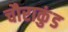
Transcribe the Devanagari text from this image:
चौराकुंड